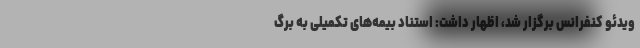
ویدئو کنفرانس برگزار شد، اظهار داشت: استناد بیمه‌های تکمیلی به برگ